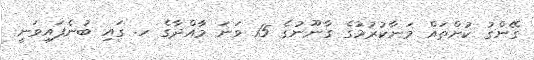
ގޭންގު ކުށްތައް މަނާކުރުމުގެ ގާނޫނުގެ 15 ވަނަ މާއްދާގެ ހ. ގައި ބުނެފައިވަނީ